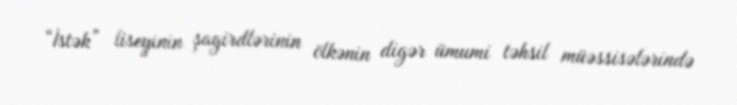
“İstək” liseyinin şagirdlərinin ölkənin digər ümumi təhsil müəssisələrində